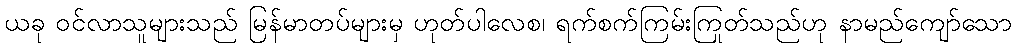
ယခု ဝင်လာသူများသည် မြန်မာတပ်များမှ ဟုတ်ပါလေစ၊ ရက်စက်ကြမ်းကြုတ်သည်ဟု နာမည်ကျော်သော